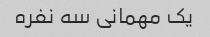
یک مهمانی سه نفره